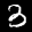
Label: 3